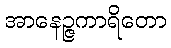
အာနေဉ္ဇကာရိတော